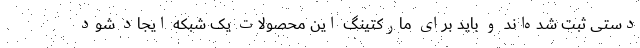
دستی ثبت شده‌اند و باید برای مارکتینگ این محصولات یک شبکه ایجاد شود